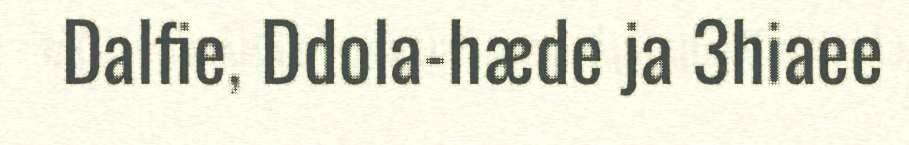
Dalfie, Ddola-hæde ja 3hiaee